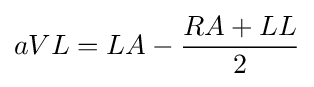
aVL=LA-{\frac {RA+LL}{2}}